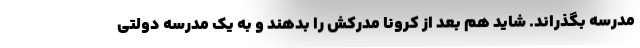
مدرسه بگذراند. شاید هم بعد از کرونا مدرکش را بدهند و به یک مدرسه دولتی